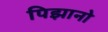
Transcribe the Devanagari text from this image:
पिझानो